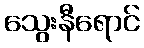
သွေးနီရောင်